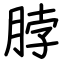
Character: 脖